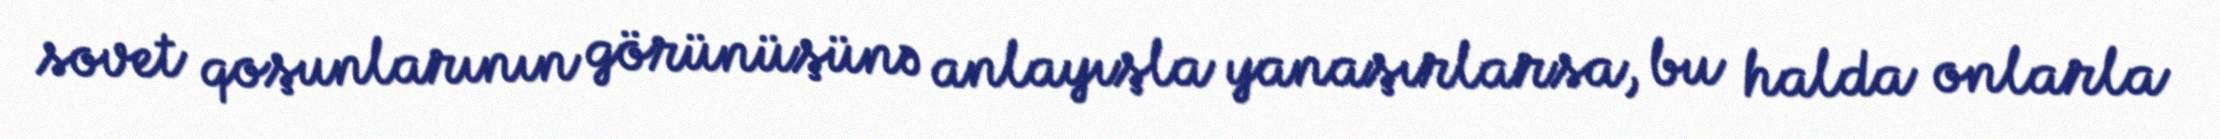
sovet qoşunlarının görünüşünə anlayışla yanaşırlarsa, bu halda onlarla